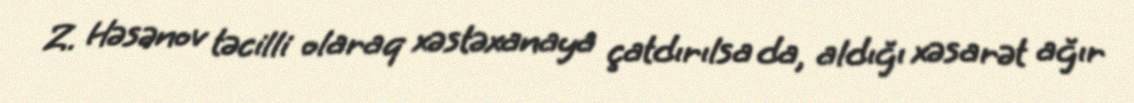
Z. Həsənov təcilli olaraq xəstəxanaya çatdırılsa da, aldığı xəsarət ağır